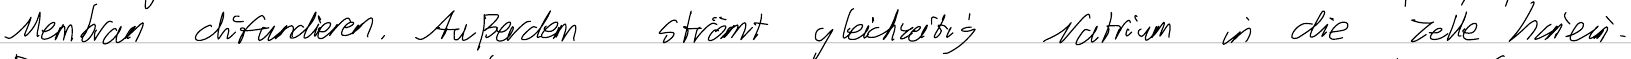
Membran diffundieren. Außerdem strömt gleichzeitig Natrium in die Zelle hinein.